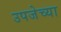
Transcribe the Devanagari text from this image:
उपजेच्या